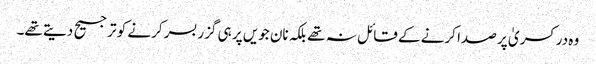
وہ در کسریٰ پر صدا کرنے کے قائل نہ تھے بلکہ نان جویں پر ہی گزر بسر کرنے کو ترجیح دیتے تھے۔